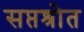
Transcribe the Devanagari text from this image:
सप्तश्रोत